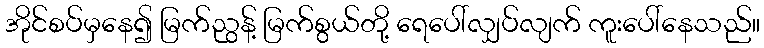
အိုင်စပ်မှနေ၍ မြက်ညွန့် မြက်စွယ်တို့ ရေပေါ်လျှပ်လျက် ကူးပေါ်နေသည်။